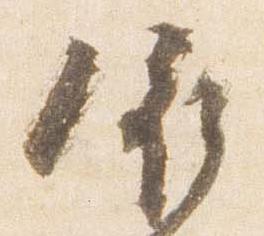
依